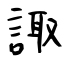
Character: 諏